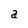
Character: a